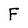
Character: F